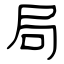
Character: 局